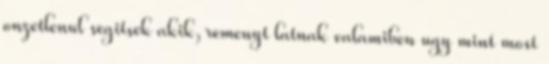
onzetlenul segitsek akik, remenyt latnak valamiben ugy mint most